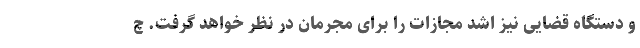
و دستگاه قضایی نیز اشد مجازات را برای مجرمان در نظر خواهد گرفت. چ